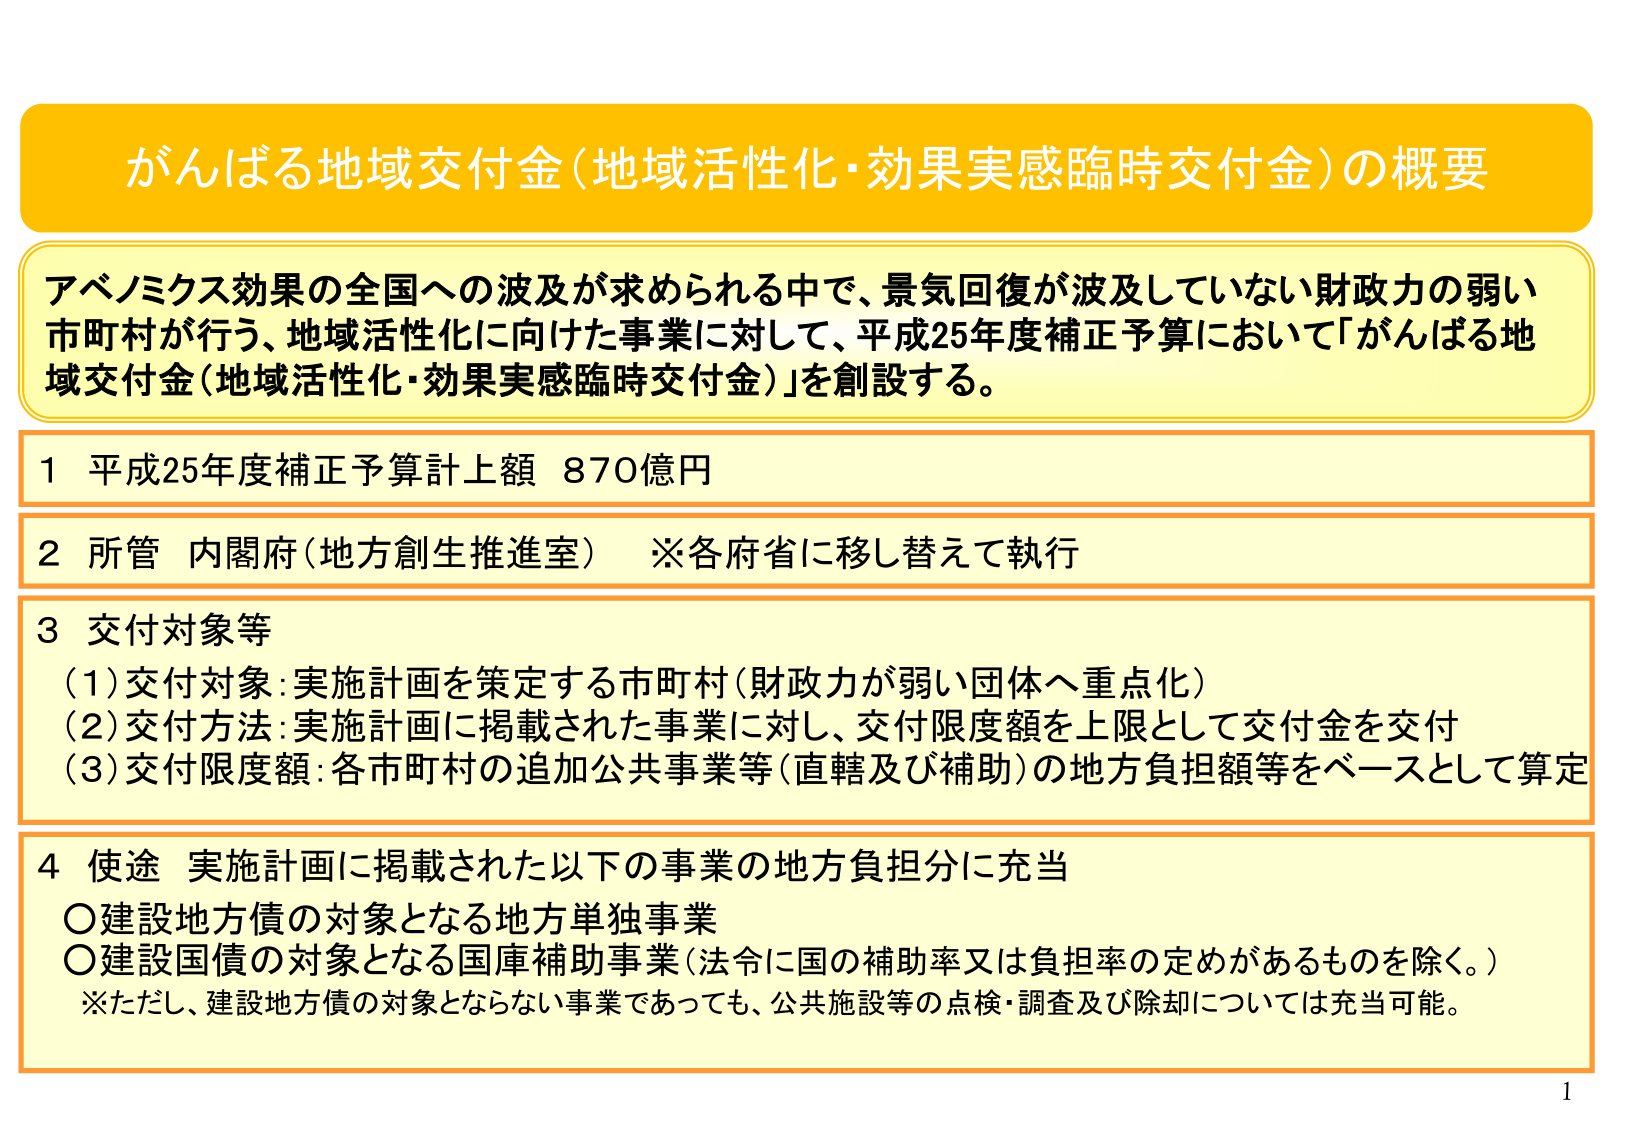
がんばる地域交付金（地域活性化・効果実感臨時交付金）の概要

アベノミクス効果の全国への波及が求められる中で、景気回復が波及していない財政力の弱い市町村が行う、地域活性化に向けた事業に対して、平成25年度補正予算において「がんばる地域交付金（地域活性化・効果実感臨時交付金）」を創設する。

1 平成25年度補正予算計上額 870億円

2 所管 内閣府（地方創生推進室） ※各府省に移し替えて執行

3 交付対象等
（1）交付対象：実施計画を策定する市町村（財政力が弱い団体へ重点化）
（2）交付方法：実施計画に掲載された事業に対し、交付限度額を上限として交付金を交付
（3）交付限度額：各市町村の追加公共事業等（直轄及び補助）の地方負担額等をベースとして算定

4 使途 実施計画に掲載された以下の事業の地方負担分に充当
○建設地方債の対象となる地方単独事業
○建設国債の対象となる国庫補助事業（法令に国の補助率又は負担率の定めがあるものを除く。）
※ただし、建設地方債の対象とならない事業であっても、公共施設等の点検・調査及び除却については充当可能。

1